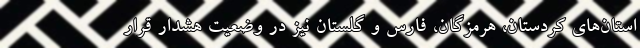
استان‌های کردستان، هرمزگان، فارس و گلستان نیز در وضعیت هشدار قرار